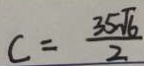
c = \frac { 3 5 \sqrt { 6 } } { 2 }